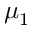
\mu _ { 1 }